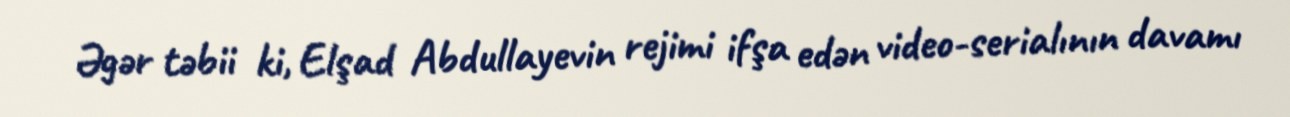
Əgər təbii ki, Elşad Abdullayevin rejimi ifşa edən video-serialının davamı